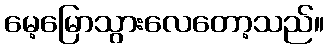
မေ့မြောသွားလေတော့သည်။